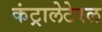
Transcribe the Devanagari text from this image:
कंट्रालेटेरल